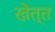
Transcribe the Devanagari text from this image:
खेत्त